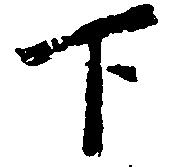
下